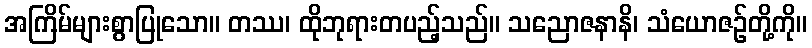
အကြိမ်များစွာပြုသော။ တဿ၊ ထိုဘုရားတပည့်သည်။ သညောဇနာနိ၊ သံယောဇဉ်တို့ကို။